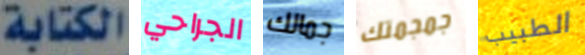
الكتابة الجراحي جمالك جمجمتك الطبيب